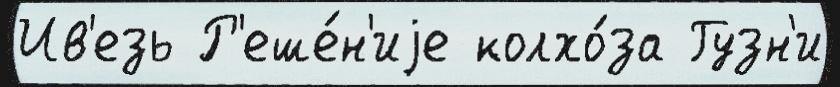
Ив'езь Р'еше́н'иjе колхо́за Гузн'и